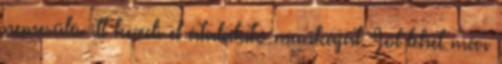
nemesülés itt kezdi el átalakító munkáját. Jól lehet már